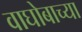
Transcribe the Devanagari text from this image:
वाघोबाच्या